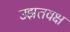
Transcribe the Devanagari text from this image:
उझतवक्ष